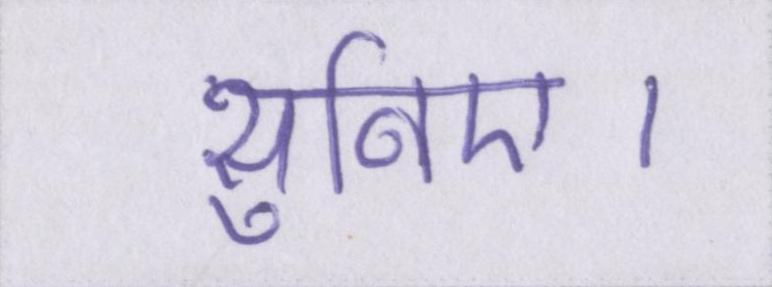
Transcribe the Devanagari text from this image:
सुनिए।